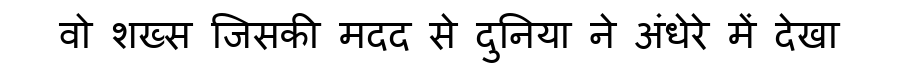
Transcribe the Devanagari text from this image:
वो शख्स जिसकी मदद से दुनिया ने अंधेरे में देखा